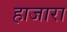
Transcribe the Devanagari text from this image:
हाजारा